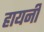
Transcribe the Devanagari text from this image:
हायनी